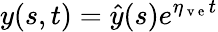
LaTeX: y(s,t)=\hat{y}(s)e^{\eta_{\mathrm{~v~e~}}t}